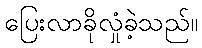
ပြေးလာခိုလှုံခဲ့သည်။